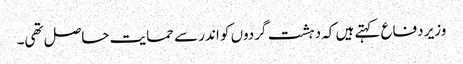
وزیر دفاع کہتے ہیں کہ دہشت گردوں کو اندر سے حمایت حاصل تھی۔